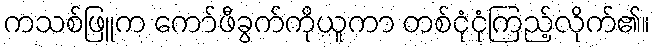
ကသစ်ဖြူက ကော်ဖီခွက်ကိုယူကာ တစ်ငုံငုံကြည့်လိုက်၏။